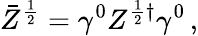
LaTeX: \bar{Z}^{\frac{1}{2}}=\gamma^{0}Z^{\frac{1}{2}\dagger}\gamma^{0}\, ,